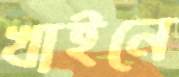
খাইনে